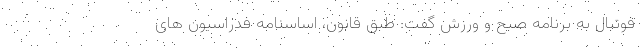
فوتبال به برنامه صبح و ورزش گفت: طبق قانون، اساسنامه فدراسیون ‌های